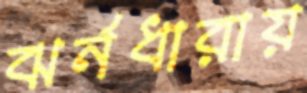
ঝর্নধারায়